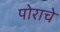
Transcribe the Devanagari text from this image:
पोराचे